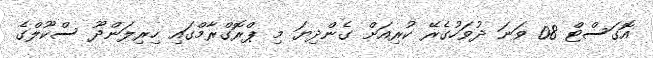
އޮގަސްޓް 08 ވަނަ ދުވަހުގެރޭ ކުރިއަށް ގެންދިޔަ މި ޕްރޮގްރާމްގައި ހިރިލަންދޫ ސްކޫލްގެ